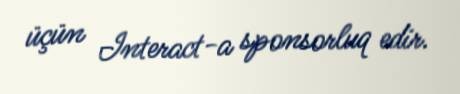
üçün Interact-a sponsorluq edir.